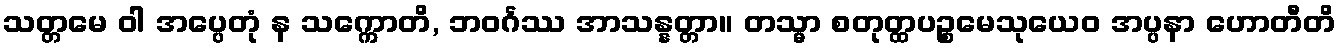
သတ္တမေ ဝါ အပ္ပေတုံ န သက္ကောတိ, ဘဝင်္ဂဿ အာသန္နတ္တာ။ တသ္မာ စတုတ္ထပဉ္စမေသုယေဝ အပ္ပနာ ဟောတီတိ